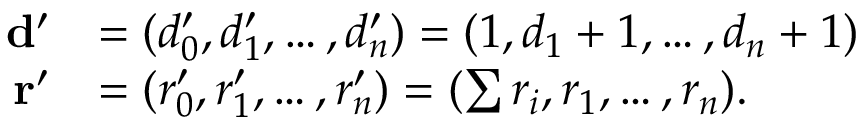
\begin{array} { r l } { \mathbf { d } ^ { \prime } } & { = ( d _ { 0 } ^ { \prime } , d _ { 1 } ^ { \prime } , \dotsc , d _ { n } ^ { \prime } ) = ( 1 , d _ { 1 } + 1 , \dotsc , d _ { n } + 1 ) } \\ { \mathbf { r } ^ { \prime } } & { = ( r _ { 0 } ^ { \prime } , r _ { 1 } ^ { \prime } , \dotsc , r _ { n } ^ { \prime } ) = ( \sum r _ { i } , r _ { 1 } , \dotsc , r _ { n } ) . } \end{array}